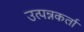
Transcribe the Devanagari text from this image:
उत्पन्नकर्ता